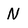
Character: N